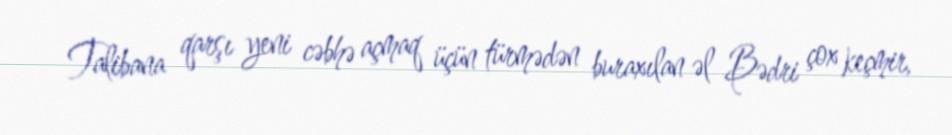
Talibana qarşı yeni cəbhə açmaq üçün türmədən buraxılan əl Bədri çox keçmir,